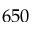
6 5 0